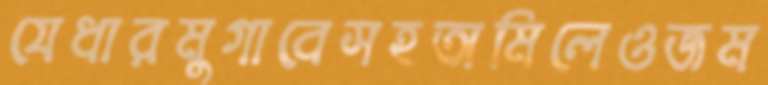
যেধারমুগাবেসহঅমিলেওজম